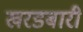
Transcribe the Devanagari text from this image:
खरडबारी